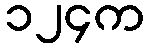
၁၂၄က